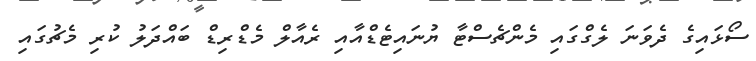
ސޯޅައިގެ ދެވަނަ ލެގްގައި މެންޗެސްޓާ ޔުނައިޓެޑްއާއި ރެއާލް މެޑްރިޑް ބައްދަލު ކުރި މެޗުގައި